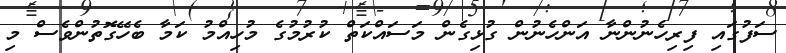
ސަފުގައި ފިރިހެނުންނާ އަންހެނުން ގުޅިގެން މަސައްކަތް ކުރުމުގެ މުހިއްމު ކަމާ ބެހޭގޮތުންވެސް މި